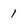
Character: 1